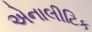
એનાલીટિક